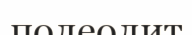
полеолит